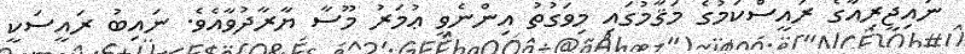
ނައިޖީރިއާގެ ރައީސްކަމުގެ މަޤާމުގައި މިވަގުތު އިންނެވީ ޢުމަރު މޫސާ ޔާރާދުވާއެވެ. ނައިބު ރައީސަކީ